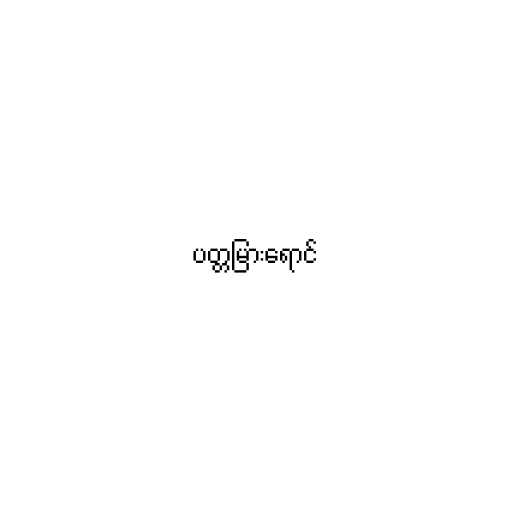
ပတ္တမြားရောင်